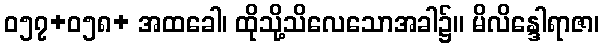
ဝ၅၇+ဝ၅၈+ အထခေါ၊ ထိုသို့သိလေသောအခါ၌။ မိလိန္ဒေါရာဇာ၊